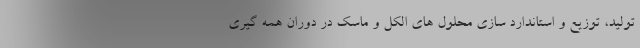
تولید، توزیع و استاندارد سازی محلول های الکل و ماسک در دوران همه گیری